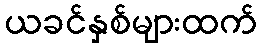
ယခင်နှစ်များထက်